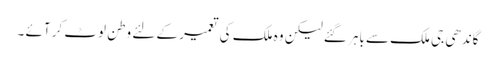
گاندھی جی ملک سے باہر گئے لیکن وہ ملک کی تعمیر کے لئے وطن لوٹ کر آئے ۔